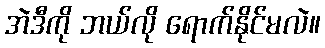
အဲဒီကို ဘယ်လို ရောက်နိုင်မလဲ။